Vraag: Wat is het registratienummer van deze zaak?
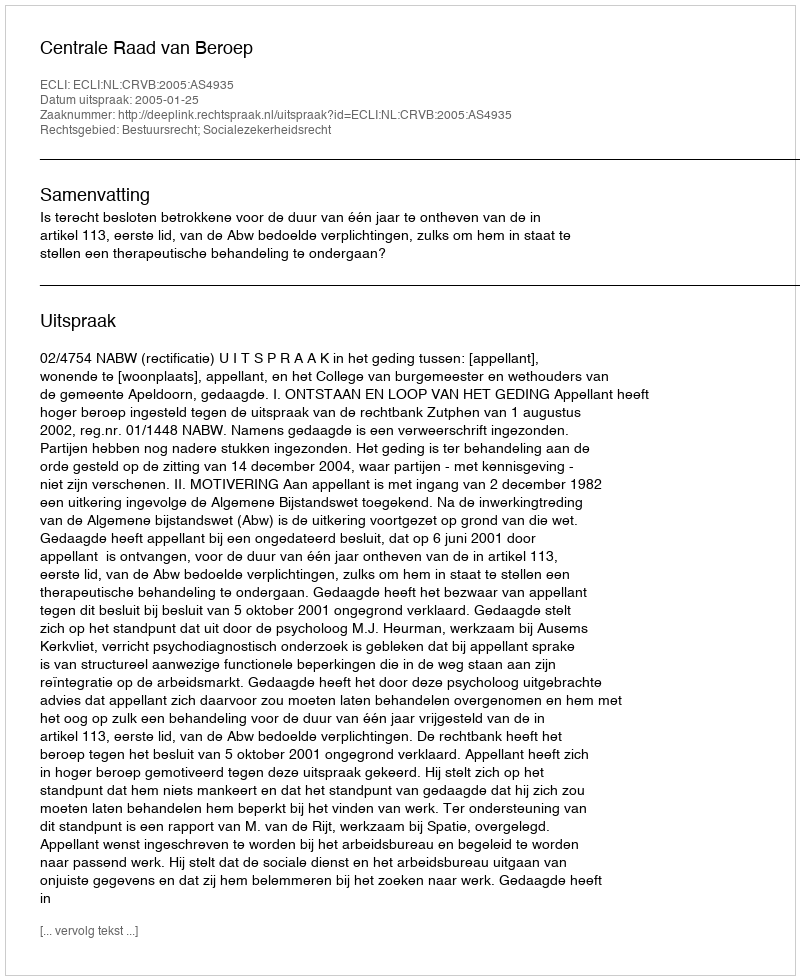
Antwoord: http://deeplink.rechtspraak.nl/uitspraak?id=ECLI:NL:CRVB:2005:AS4935